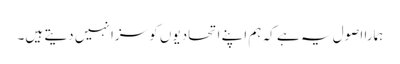
ہمارا اصول یہ ہے کہ ہم اپنے اتحادیوں کو سزا نہیں دیتے ہیں۔